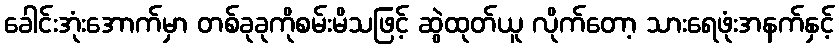
ခေါင်းအုံးအောက်မှာ တစ်ခုခုကိုစမ်းမိသဖြင့် ဆွဲထုတ်ယူ လိုက်တော့ သားရေဖုံးအနက်နှင့်